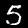
Label: 5